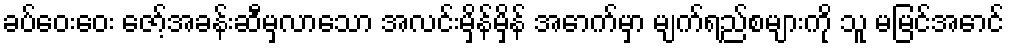
ခပ်ဝေးဝေး ဇော့်အခန်းဆီမှလာသော အလင်းမှိန်မှိန် အောက်မှာ မျက်ရည်စများကို သူ မမြင်အောင်